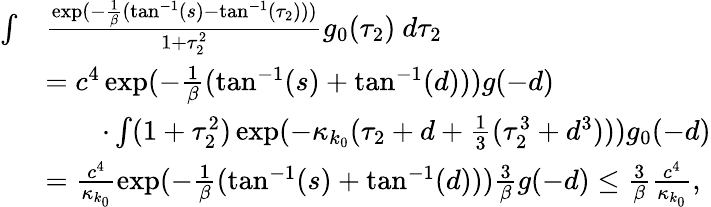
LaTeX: \begin{array}{rl}{\int}&{\frac{\exp(-\frac 1\beta(\tan^{-1}(s)-\tan^{-1}(\tau_{2})))}{1+\tau_{2}^{2}}g_{0}(\tau_{2})\ d\tau_{2}}\\ &{=c^{4}\exp(-\frac 1\beta(\tan^{-1}(s)+\tan^{-1}(d)))g(-d)}\\ &{\qquad\cdot\int(1+\tau_{2}^{2})\exp(-\kappa_{k_{0}}(\tau_{2}+d+\frac 13(\tau_{2}^{3}+d^{3})))g_{0}(-d)}\\ &{=\frac{c^{4}}{\kappa_{k_{0}}}\exp(-\frac 1\beta(\tan^{-1}(s)+\tan^{-1}(d)))\frac 3\beta g(-d)\le\frac 3\beta\frac{c^{4}}{\kappa_{k_{0}}},}\end{array}